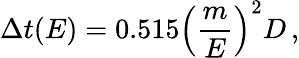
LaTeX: \Delta t(E)=0.515\left(\frac{m}{E}\right)^{2}D\, ,